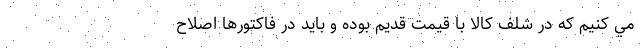
مي كنيم كه در شلف کالا با قيمت قديم بوده و بايد در فاكتورها اصلاح